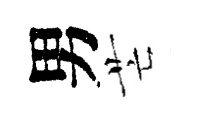
男芒